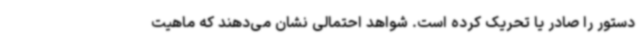
دستور را صادر یا تحریک کرده است. شواهد احتمالی نشان می‌دهند که ماهیت